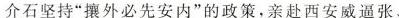
介石坚持“攘外必先安内”的政策，亲赴西安威逼张